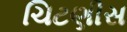
ચિટણીસ